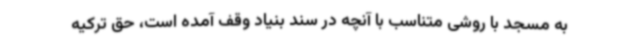
به مسجد با روشی متناسب با آنچه در سند بنیاد وقف آمده است، حق ترکیه